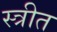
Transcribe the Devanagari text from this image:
स्त्रीत